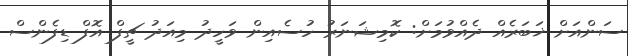
ސަންއަށް ޚަބަރެއް ދެއްވުމަށް: ކޮމިޝަނަރު ހުސެއިން ވަހީދު މިއަދު ޗީފް އޮފް ޑިފެންސް